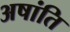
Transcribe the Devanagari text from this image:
अषांति